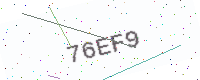
Text: 76EF9